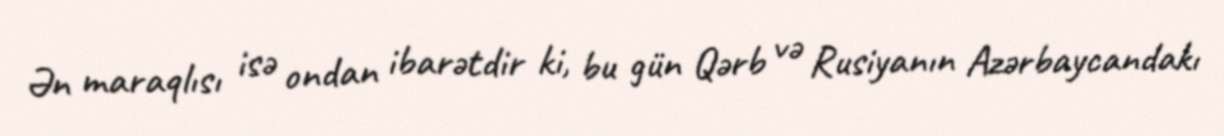
Ən maraqlısı isə ondan ibarətdir ki, bu gün Qərb və Rusiyanın Azərbaycandakı